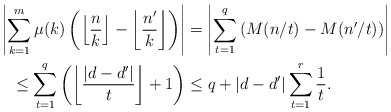
\begin{align*}\left|\sum_{k=1}^m \mu(k) \left(\left\lfloor \frac{n}{k} \right\rfloor - \left\lfloor \frac{n'}{k} \right\rfloor\right)\right| &= \left|\sum_{t=1}^q \left( M(n/t) - M(n'/t) \right)\right|\\\leq \sum_{t=1}^q \left( \left\lfloor \frac{|d-d'|}{t} \right\rfloor +1 \right) &\leq q + |d-d'| \sum_{t=1}^r \frac{1}{t}.\end{align*}